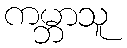
ကမ္ဘာသူ